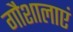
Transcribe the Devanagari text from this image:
गौशालाएं